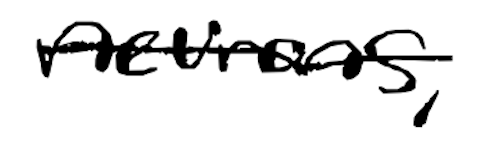
Text: neurons,
Cross-out: single-line
Writing tool: digital_black